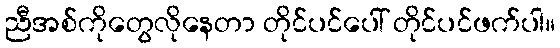
ညီအစ်ကိုတွေလိုနေတာ တိုင်ပင်ပေါ် တိုင်ပင်ဖက်ပါ။